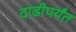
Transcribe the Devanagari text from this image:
दाढीपर्यंत